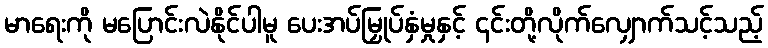
မာရေးကို မပြောင်းလဲနိုင်ပါမူ ပေးအပ်မြှုပ်နှံမှုနှင့် ၎င်းတို့လိုက်လျှောက်သင့်သည့်